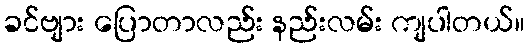
ခင်ဗျား ပြောတာလည်း နည်းလမ်း ကျပါတယ်။